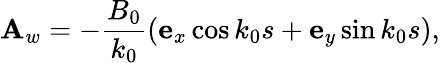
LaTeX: {\mathbf A}_{w}=-{\frac{B_{0}}{k_{0}}}{\left({\mathbf e}_{x}\cos k_{0}s+{\mathbf e}_{y}\sin k_{0}s\right)},